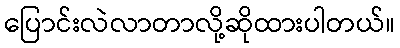
ပြောင်းလဲလာတာလို့ဆိုထားပါတယ်။